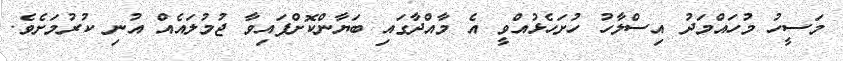
މަސީހު މުހައްމަދު އިސްލާހު ހުށަހެޅުއްވީ އެ މާއްދާގައި ބަޔާންކޮށްފައިވާ ޖުމުލައެއް އުނި ކުރުމަށެވެ.